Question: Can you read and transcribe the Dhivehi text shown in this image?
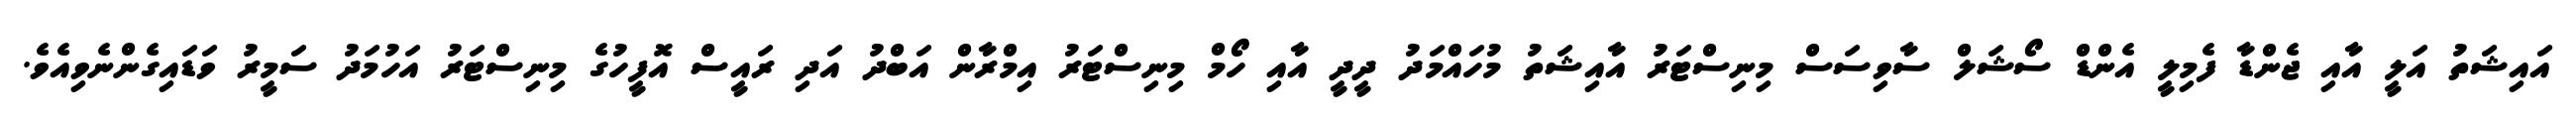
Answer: އައިޝަތު އަލީ އާއި ޖެންޑާ ފެމިލީ އެންޑް ސޯޝަލް ސާވިސަސް މިނިސްޓަރު އާއިޝަތު މުހައްމަދު ދީދީ އާއި ހޯމް މިނިސްޓަރު އިމްރާން އަބްދު އަދި ރައީސް އޮފީހުގެ މިނިސްޓަރު އަހުމަދު ސަމީރު ވަޑައިގެންނެވިއެވެ.